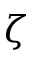
\zeta